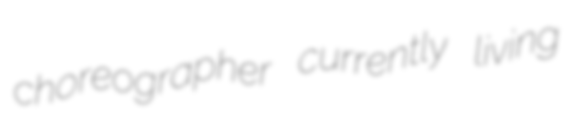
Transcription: choreographer currently living